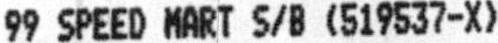
99 SPEED MART S/B (519537-X)